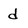
Character: d